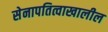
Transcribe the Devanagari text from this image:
सेनापतित्वाखालील